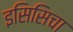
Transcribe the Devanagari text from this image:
इसिसिचा